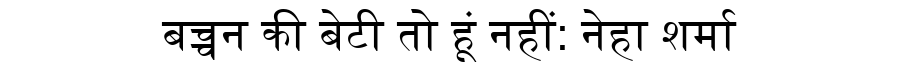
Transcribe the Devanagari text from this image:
बच्चन की बेटी तो हूं नहीं: नेहा शर्मा